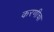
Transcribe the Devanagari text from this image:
करणीचा